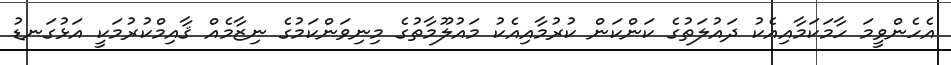
އެހެންވީމަ ހާމަކަމާއިއެކު ދައުލަތުގެ ކަންކަން ކުރުމާއިއެކު މައުލޫމާތުގެ މިނިވަންކަމުގެ ނިޒާމެއް ޤާއިމްކުރުމަކީ އަޅުގަނޑު